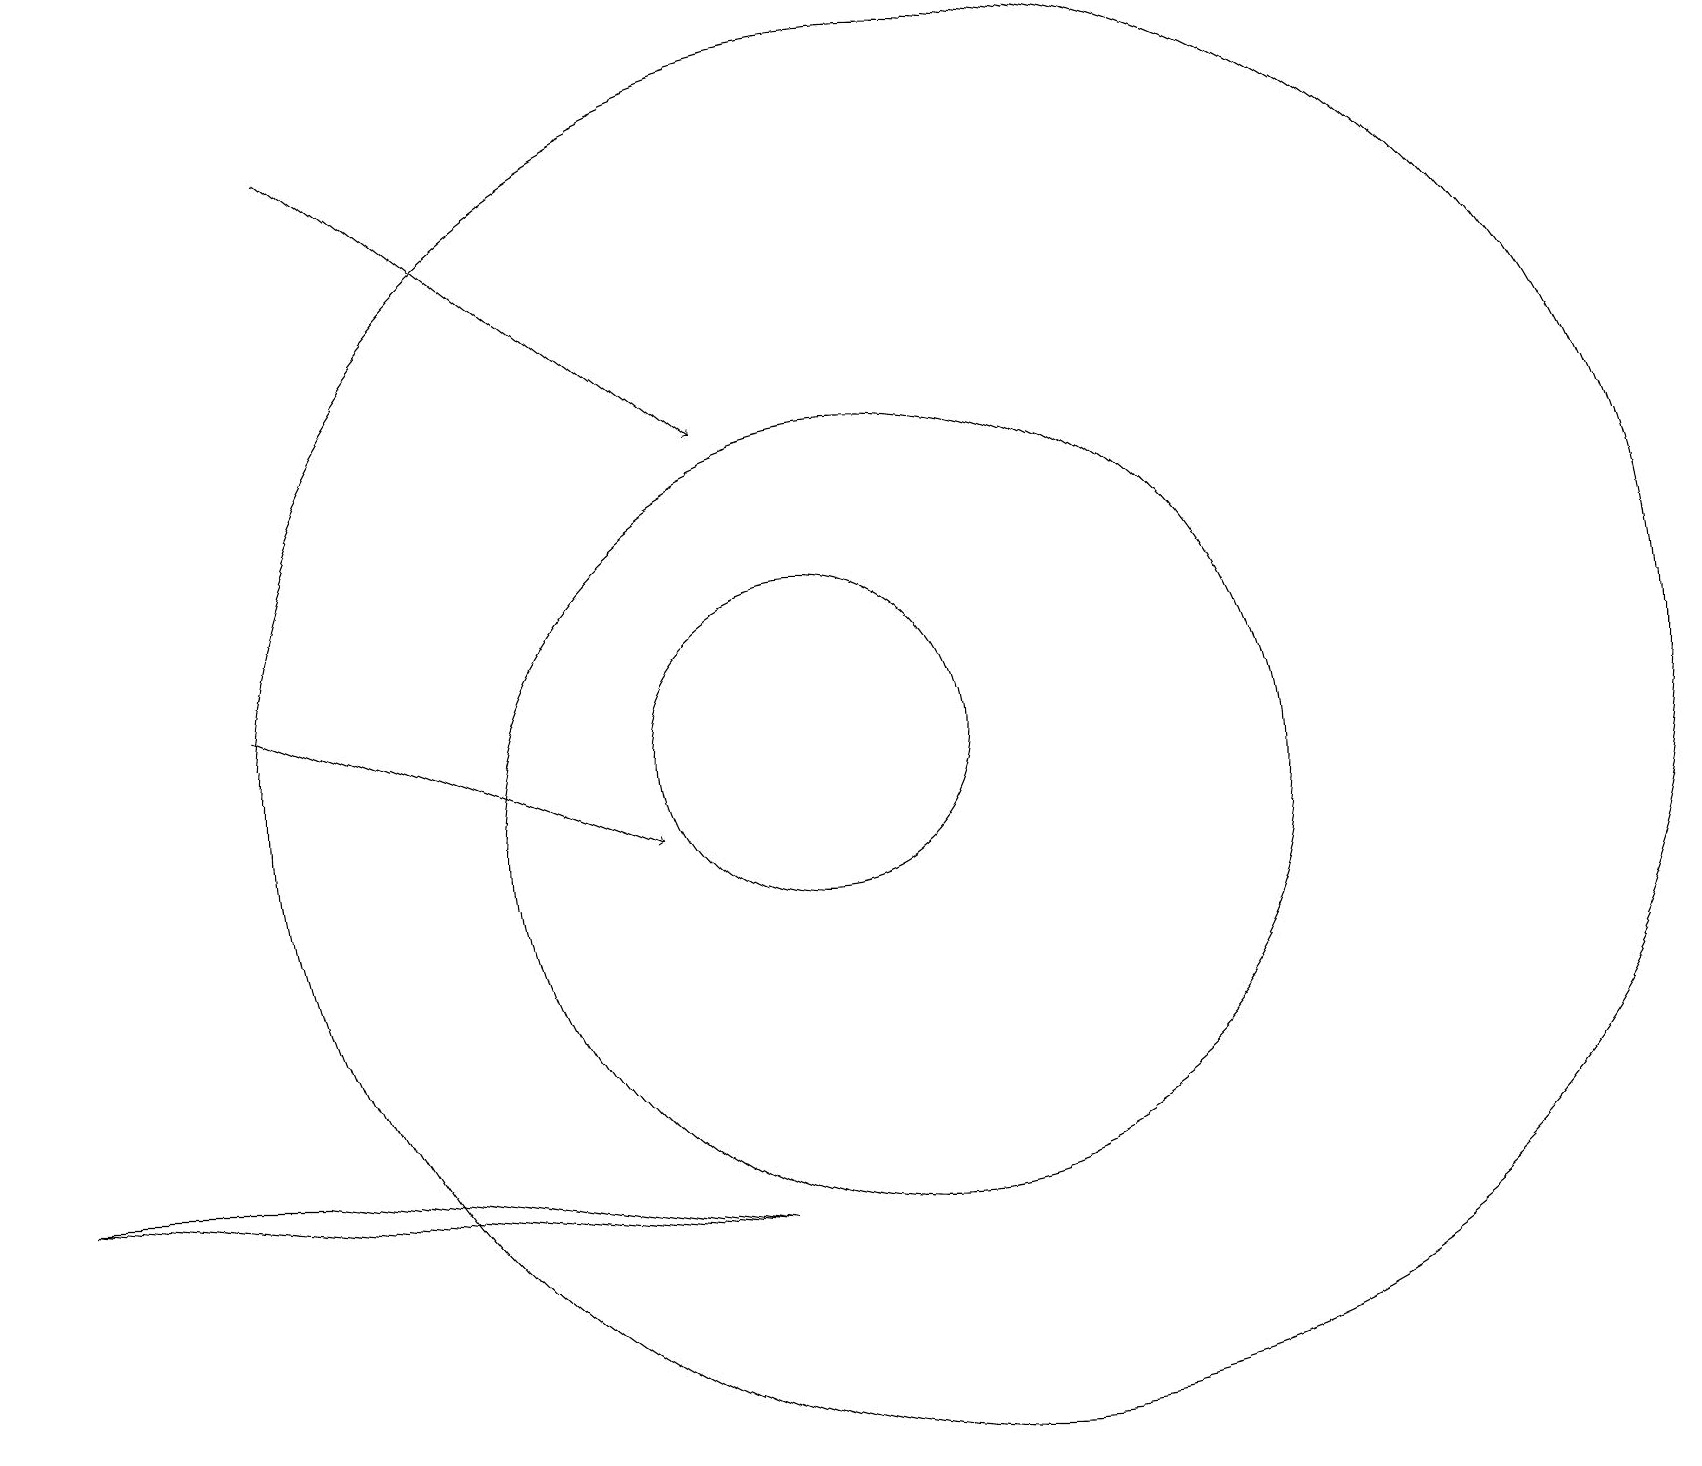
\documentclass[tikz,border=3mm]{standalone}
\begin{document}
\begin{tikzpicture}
\draw (11,10) circle (5);
\draw (12,11) circle (9);
\draw (10,11) circle (2);
\draw[->] (3,12) -- (8,10);
\draw (3,6) -- (0,6) -- (9,5) -- cycle;
\draw[->] (4,19) -- (9,15);
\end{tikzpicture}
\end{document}